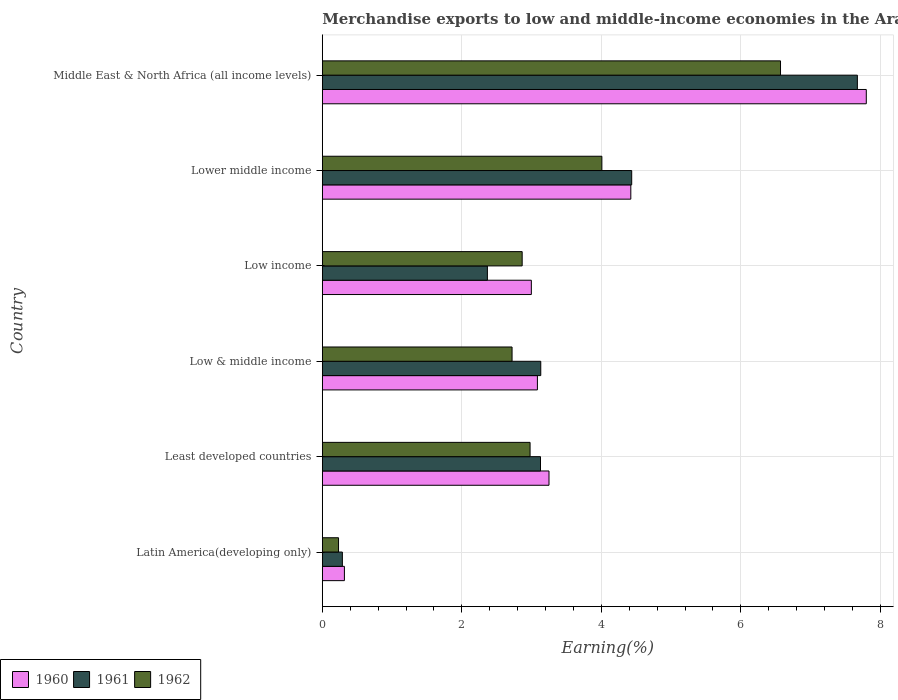
| Country | 1960 | 1961 | 1962 |
 | --- | --- | --- | --- |
 | Latin America(developing only) | 0.316 | 0.287 | 0.232 |
 | Least developed countries | 3.25 | 3.13 | 2.98 |
 | Low & middle income | 3.08 | 3.13 | 2.72 |
 | Low income | 3 | 2.37 | 2.86 |
 | Lower middle income | 4.42 | 4.43 | 4.01 |
 | Middle East & North Africa (all income levels) | 7.8 | 7.67 | 6.57 |